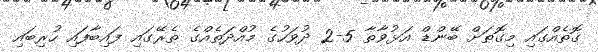
ގޮތެއްގައި މިގޮތަށް ބޭންޑް އަޅުވާތާ 5-2 ދުވަހުގެ މުއްދަތެއްގެ ތެރޭގައި ފައިބާފައި ހުރިބައި